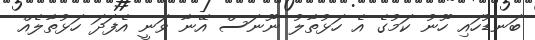
ބަނޑުހައި ހޫނު ކަމުގެ އެ ހަޅުތާލު ނޫނަސް އޭނާ ވަނީ އެފަދަ ހަޅުތާލެއް